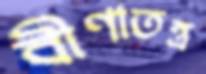
বীণাতন্ত্র